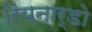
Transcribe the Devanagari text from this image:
रियनार्डो